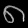
Digit: ၈